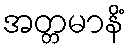
အတ္တမာနိံ